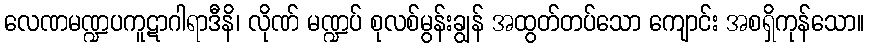
လေဏမဏ္ဍပကူဋာဂါရာဒီနိ၊ လိုဏ် မဏ္ဍပ် စုလစ်မွန်းချွန် အထွတ်တပ်သော ကျောင်း အစရှိကုန်သော။